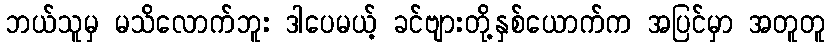
ဘယ်သူမှ မသိလောက်ဘူး ဒါပေမယ့် ခင်ဗျားတို့နှစ်ယောက်က အပြင်မှာ အတူတူ